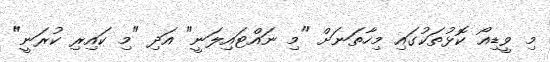
މި ވީޑިއޯ ކޮޅުތަކުގައި މިހާތަނަށް "މި ނައްޓައިލަނީ" އަދި "މި ކައިރި ކުރަނީ"